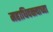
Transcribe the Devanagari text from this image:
महाधिवक्त्याच्या